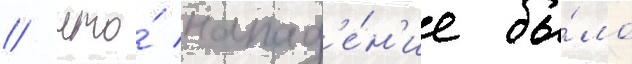
/ что́ напад'е́н'ие бы́ло